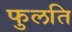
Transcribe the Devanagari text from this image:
फुलति